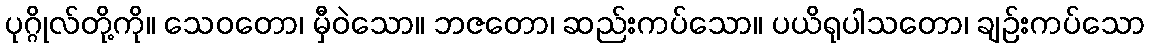
ပုဂ္ဂိုလ်တို့ကို။ သေဝတော၊ မှီဝဲသော။ ဘဇတော၊ ဆည်းကပ်သော။ ပယိရုပါသတော၊ ချဉ်းကပ်သော